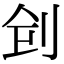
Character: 𠛲